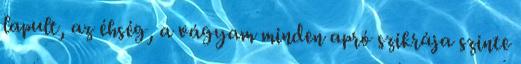
lapult, az éhség, a vágyam minden apró szikrája szinte